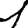
Digit: 1